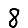
Digit: 8